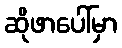
ဆိုဖာပေါ်မှာ